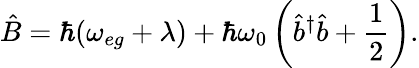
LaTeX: \hat{B}=\hbar(\omega_{eg}+\lambda)+\hbar\omega_{0}\left(\hat{b}^{\dagger}\hat{b}+\frac{1}{2}\right).